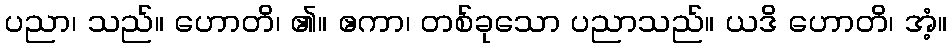
ပညာ၊ သည်။ ဟောတိ၊ ၏။ ဧကာ၊ တစ်ခုသော ပညာသည်။ ယဒိ ဟောတိ၊ အံ့။